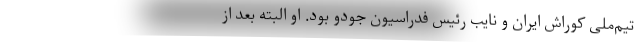
تیم‌ملی کوراش ایران و نایب رئیس فدراسیون جودو بود. او البته بعد از